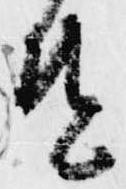
速